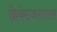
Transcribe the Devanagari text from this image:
क्रिकेटजगतास